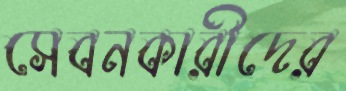
সেবনকারীদের